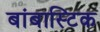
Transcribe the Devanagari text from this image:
बांबास्टिक